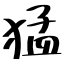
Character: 猛